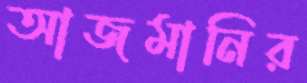
আজমানির